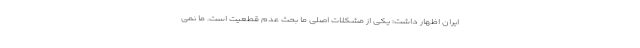
ایران اظهار داشت: یکی از مشکلات اصلی ما بحث عدم قطعیت است. ما نمی